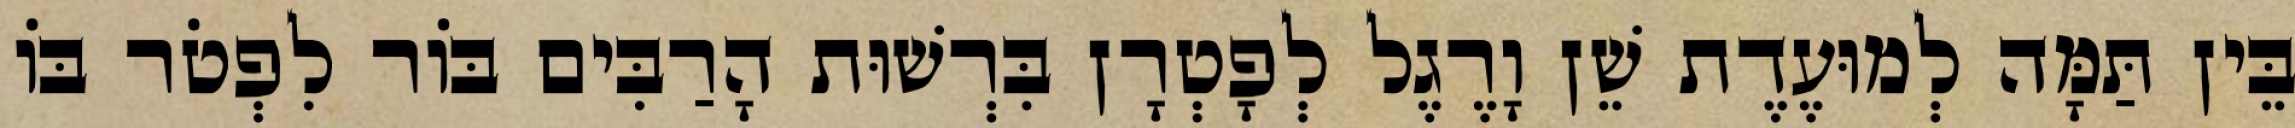
בֵּין תַּמָּה לְמוּעֶדֶת שֵׁן וָרֶגֶל לְפָטְרָן בִּרְשׁוּת הָרַבִּים בּוֹר לִפְטֹר בּוֹ